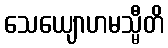
သေယျောဟမသ္မီတိ